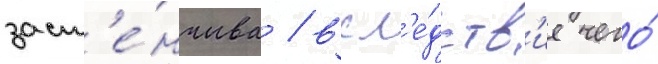
заст'е́нчива / всл'е́дств'ие чего́